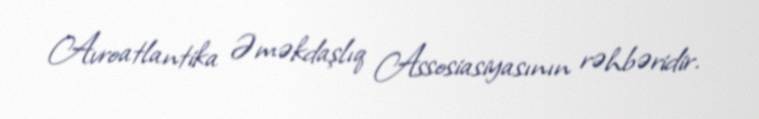
Avroatlantika Əməkdaşlıq Assosiasiyasının rəhbəridir.